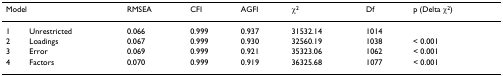
<table><thead><tr><td colspan="2"><b>Model</b></td><td><b>RMSEA</b></td><td><b>CFI</b></td><td><b>AGFI</b></td><td><b>χ<sup>2</sup></b></td><td><b>Df</b></td><td><b>p (Delta χ<sup>2</sup>)</b></td></tr></thead><tbody><tr><td>1</td><td>Unrestricted</td><td>0.066</td><td>0.999</td><td>0.937</td><td>31532.14</td><td>1014</td><td></td></tr><tr><td>2</td><td>Loadings</td><td>0.067</td><td>0.999</td><td>0.930</td><td>32560.19</td><td>1038</td><td>&lt; 0.001</td></tr><tr><td>3</td><td>Error</td><td>0.069</td><td>0.999</td><td>0.921</td><td>35323.06</td><td>1062</td><td>&lt; 0.001</td></tr><tr><td>4</td><td>Factors</td><td>0.070</td><td>0.999</td><td>0.919</td><td>36325.68</td><td>1077</td><td>&lt; 0.001</td></tr></tbody></table>